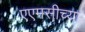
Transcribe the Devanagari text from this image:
एएमसीच्या